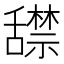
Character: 𬜏